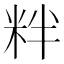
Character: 䉽